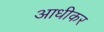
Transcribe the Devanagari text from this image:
आधीकर